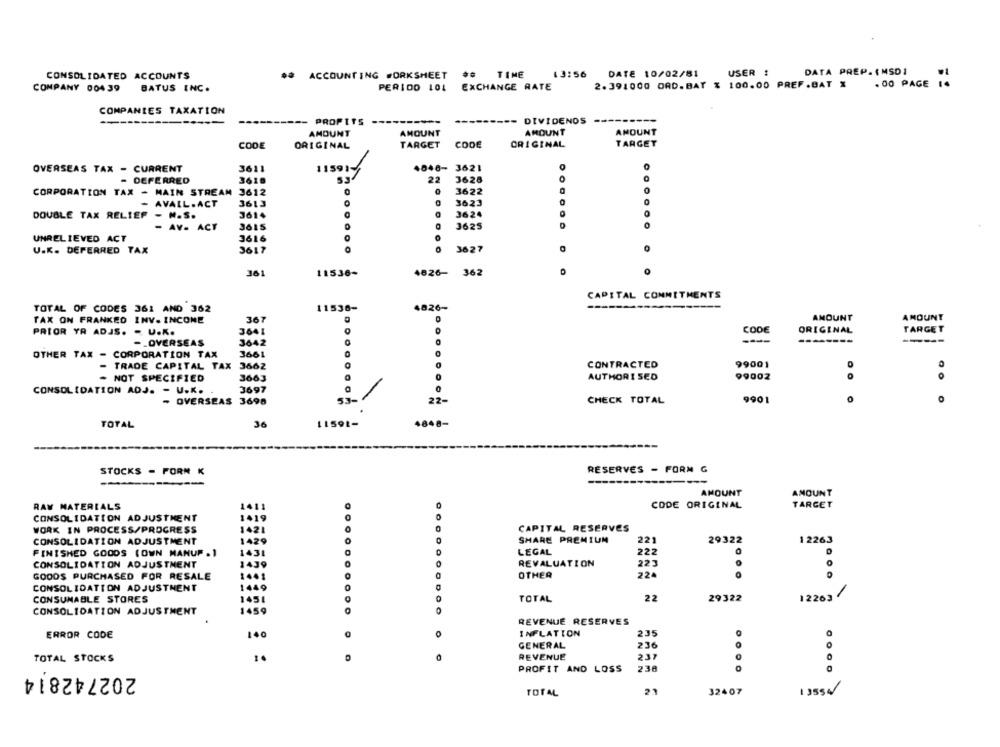
CONSOLIDATED ACCOUNTS
ACCOUNTING WORKSHEET
TIME
13:56
DATE 10/02/81
USER !
DATA PREP. ( MSD1
. 00 PAGE 1.
COMPANY 004 39
BATUS INC.
PERIOD 101
EXCHANGE RATE
2.391000 ORD.BAT % 100.00 PREF.BAT %
COMPANIES TAXATION
-- DIVIDENDS
--- PROFITS
AMOUNT
AMOUNT
AMOUNT
AMOUNT
TARGET
CODE
ORIGINAL
TARGET CODE
ORIGINAL
OVERSEAS TAX - CURRENT
3611
115914
4048- 3621
- DEFERRED
3618
53
22
3628
CORPORATION TAX - MAIN STREAM 3612
3622
3613
3623
0
AVALL.ACT
DOUBLE TAX RELIEF - M.S.
3614
3624
3625
- AV- ACT
3615
......
UNRELIEVED ACT
3616
0
U.K. DEFERRED TAX
3617
3627
361
11536-
4826-
362
CAPITAL COMMITMENTS
11536-
4826-
TOTAL OF CODES 362 AND 362
TAX ON FRANKED INV.INCOME
367
AMOUNT
AMOUNT
CODE
ORIGINAL
TARGET
PRIOR YA ADJS. - U.K.
3041
-_ OVERSEAS
3642
----
OTHER TAX - CORPORATION TAX
3661
0
- TRADE CAPITAL TAX
3662
CONTRACTED
99001
- NOT SPECIFIED
3663
0
AUTHORISED
99002
O
CONSOLIDATION ADJ. - U.K.
3697
- OVERSEAS 3698
53-
22-
CHECK TOTAL
9901
0
TOTAL
36
11591-
4848-
STOCKS - FORM K
RESERVES - FORM G
AMOUNT
AMOUNT
RAW MATERIALS
411
CODE ORIGINAL
TARGET
CONSOLIDATION ADJUSTMENT
1419
WORK IN PROCESS/PROGRESS
1421
CAPITAL RESERVES
221
29322
CONSOLIDATION ADJUSTMENT
1429
SHARE PREMIUM
12263
!...
FINISHED GOODS (OWN MANUP . 1
1431
LEGAL
222
CONSOLIDATION ADJUSTMENT
1439
REVALUATION
223
GOODS PURCHASED FOR RESALE
OTHER
224
100
CONSOLIDATION ADJUSTMENT
1449
TOTAL
22
29322
12263
.1
CONSUNABLE STORES
1451
CONSOLIDATION ADJUSTMENT
1459
REVENUE RESERVES
ERROR CODE
140
INFLATION
235
GENERAL
236
TOTAL STOCKS
1
REVENUE
237
202742814
PROFIT AND LOSS
230
TOTAL
21
32407
.... .